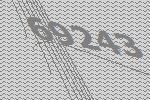
69243